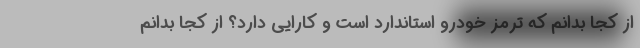
از كجا بدانم كه ترمز خودرو استاندارد است و كارايي دارد؟ از كجا بدانم